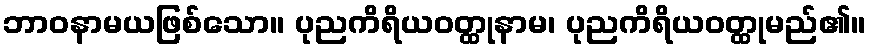
ဘာဝနာမယဖြစ်သော။ ပုညကိရိယဝတ္ထုနာမ၊ ပုညကိရိယဝတ္ထုမည်၏။